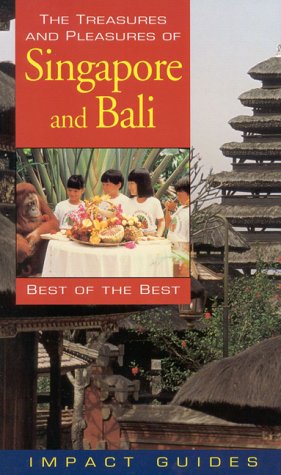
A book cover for The Treasures and Pleasures of Singapore and Bali: Best of the Best; Ph.D. Ron Krannich; Travel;